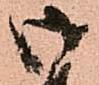
御